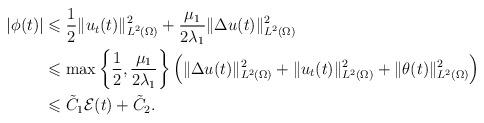
LaTeX: \begin{align*}|\phi(t)|&\leqslant\dfrac{1}{2} \|u_t(t)\|_{L^2(\Omega)}^2+\dfrac{\mu_1}{2\lambda_1} \|\Delta u(t)\|_{L^2(\Omega)}^2\\&\leqslant\max\left\{\dfrac{1}{2},\dfrac{\mu_1}{2\lambda_1}\right\}\left(\|\Delta u(t)\|_{L^2(\Omega)}^2+\|u_t(t)\|_{L^2(\Omega)}^2+\|\theta(t)\|^2_{L^2(\Omega)}\right)\\&\leqslant \tilde{C}_1\mathcal{E}(t)+\tilde{C}_2.\end{align*}